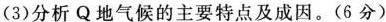
(3) 分析 Q 地气候的主要特点及成因。(6分)